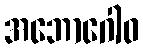
အဘောဂေါဝ